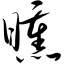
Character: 曛